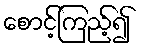
စောင့်ကြည့်၍